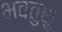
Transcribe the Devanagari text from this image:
भवतुशु